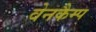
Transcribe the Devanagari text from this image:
वेनकैम्प